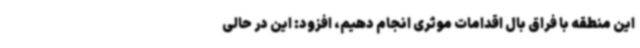
این منطقه با فراق بال اقدامات موثری انجام دهیم، افزود: این در حالی